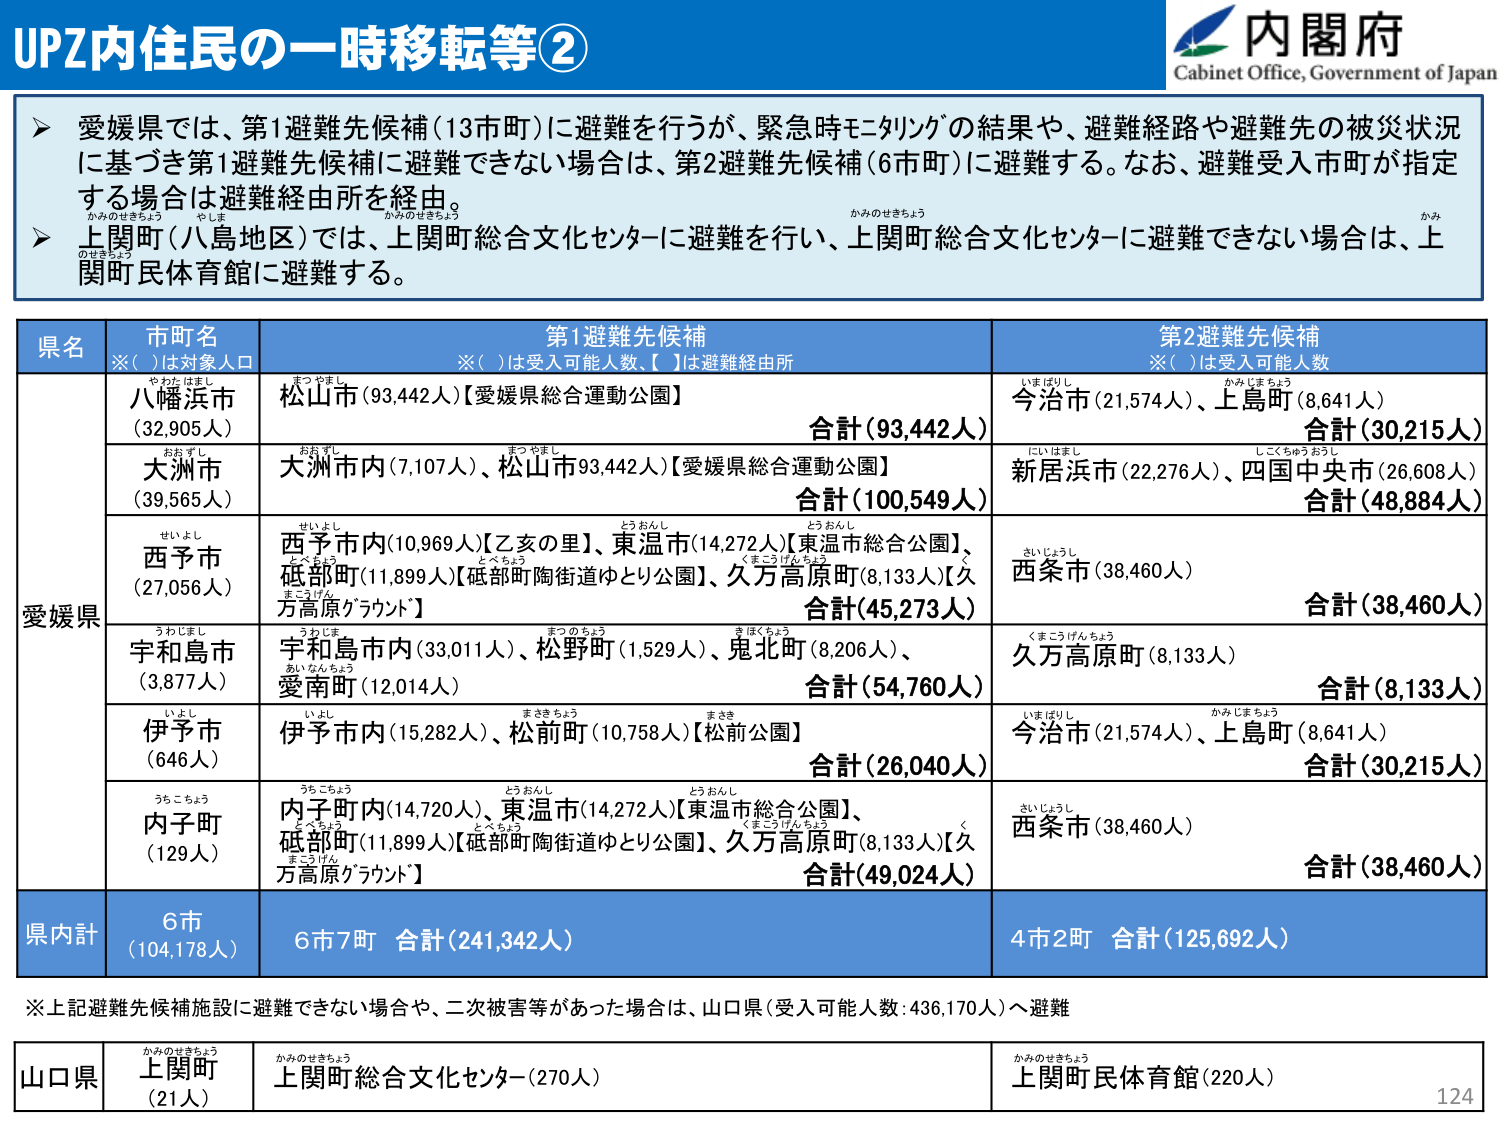
UPZ内住民の一時移転等②
内閣府
Cabinet Office, Government of Japan

▶ 愛媛県では、第1避難先候補（13市町）に避難を行うが、緊急時モニタリングの結果や、避難経路や避難先の被災状況に基づき第1避難先候補に避難できない場合は、第2避難先候補（6市町）に避難する。なお、避難受入市町が指定する場合は避難経由所を経由。
▶ 上関町（八島地区）では、上関町総合文化センターに避難を行い、上関町総合文化センターに避難できない場合は、上関町民体育館に避難する。

県名　市町名　第1避難先候補　第2避難先候補
※（　）は対象人口　※（　）は受入可能人数、【　】は避難経由所　※（　）は受入可能人数

愛媛県
八幡浜市（32,905人）　松山市（93,442人）【愛媛県総合運動公園】　合計（93,442人）　今治市（21,574人）、上島町（8,641人）　合計（30,215人）
大洲市（39,565人）　大洲市内（7,107人）、松山市93,442人）【愛媛県総合運動公園】　合計（100,549人）　新居浜市（22,276人）、四国中央市（26,608人）　合計（48,884人）
西予市（27,056人）　西予市内（10,969人）【乙亥の里】、東温市（14,272人）【東温市総合公園】、砥部町（11,899人）【砥部町陶街道ゆとり公園】、久万高原町（8,133人）【久万高原グラウンド】　合計（45,273人）　西条市（38,460人）　合計（38,460人）
宇和島市（3,877人）　宇和島市内（33,011人）、松野町（1,529人）、鬼北町（8,206人）、愛南町（12,014人）　合計（54,760人）　久万高原町（8,133人）　合計（8,133人）
伊予市（646人）　伊予市内（15,282人）、松前町（10,758人）【松前公園】　合計（26,040人）　今治市（21,574人）、上島町（8,641人）　合計（30,215人）
内子町（129人）　内子町内（14,720人）、東温市（14,272人）【東温市総合公園】、砥部町（11,899人）【砥部町陶街道ゆとり公園】、久万高原町（8,133人）【久万高原グラウンド】　合計（49,024人）　西条市（38,460人）　合計（38,460人）

県内計　6市（104,178人）　6市7町 合計（241,342人）　4市2町 合計（125,692人）

※上記避難先候補施設に避難できない場合や、二次被害等があった場合は、山口県（受入可能人数：436,170人）へ避難

山口県　上関町（21人）　上関町総合文化センター（270人）　上関町民体育館（220人）

124